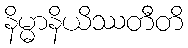
နိမ္မာနိယိဿတီတိ